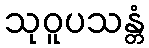
သုဝူပသန္တံ